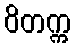
ဝိတက္က